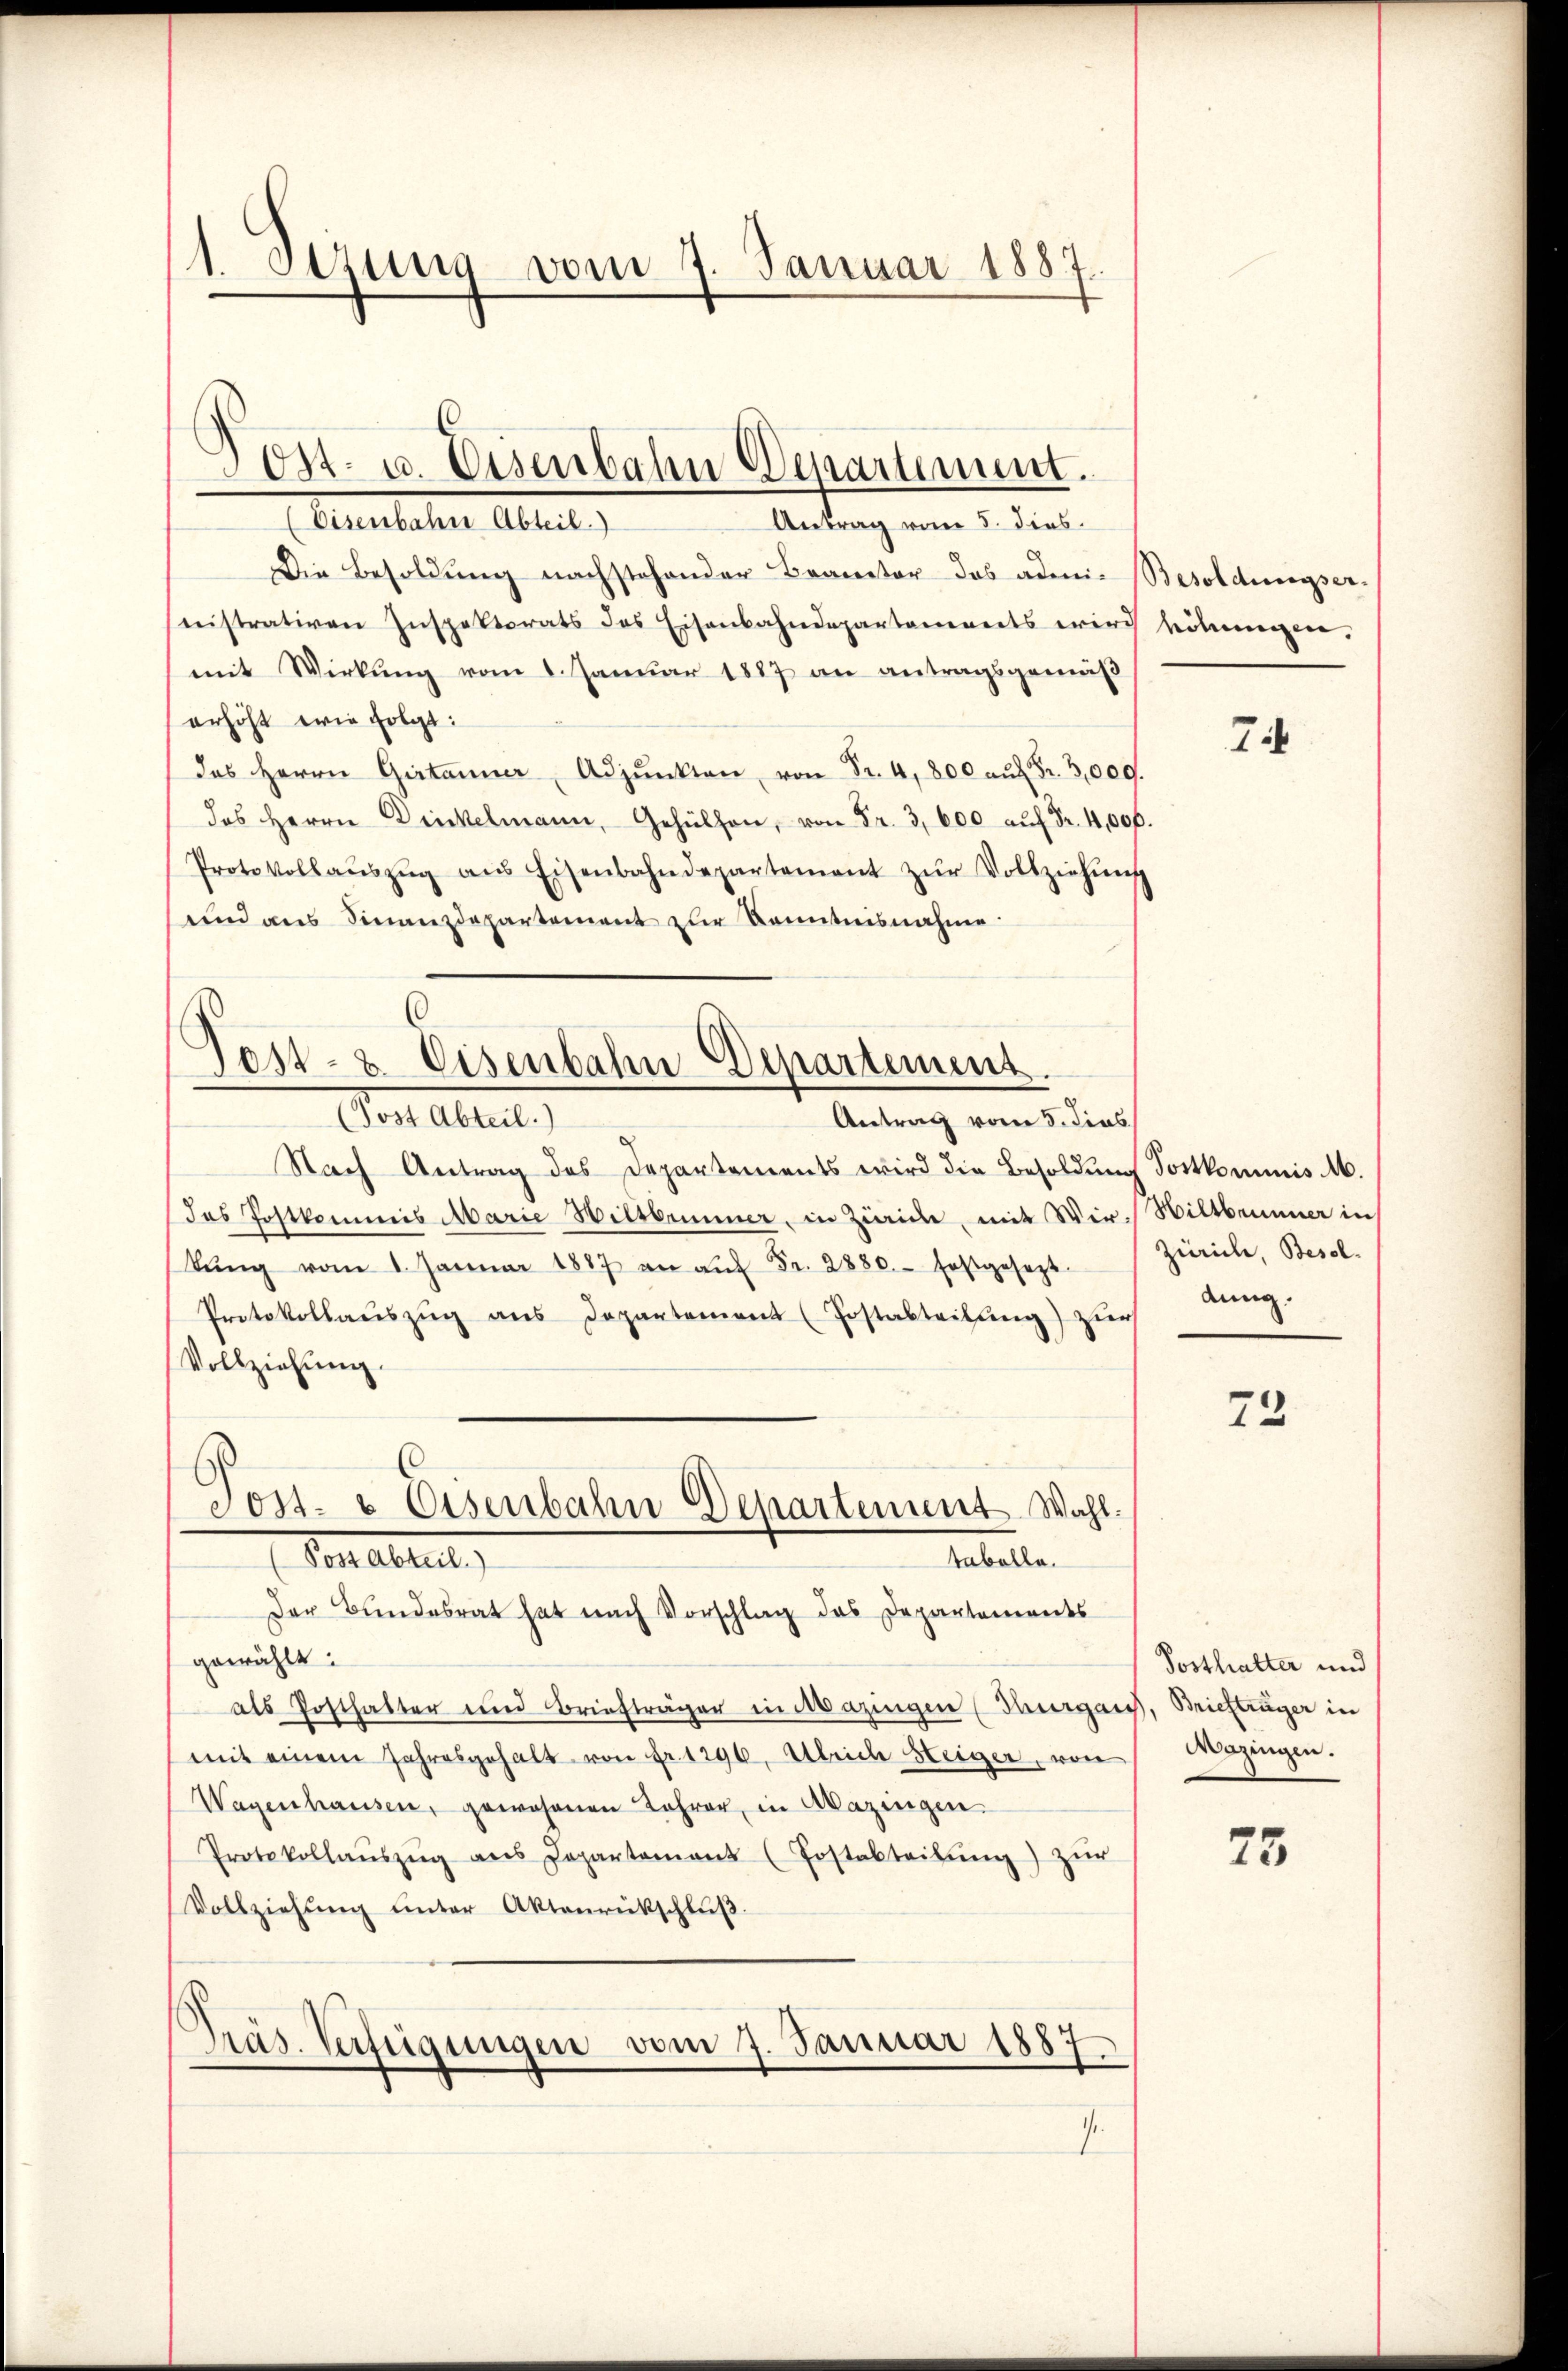
1. Setzung vom 7. Januar 1887.
—

Die Besoldung nachstehender Brauctor das admi- Besoldungsernistrativen Inspektorats des Eisenbahndepartements wird können,
mit Wirkung vom 1. Januar 1887 an antragsgemäß
erhöht wie folgt:
das Herrn Girtanner Adjunkten, von Fr. 4, 800 aŭf Fr. 3,000.
das Herrn Dickelmann, Gehülfen, von Fr. 3,600 aŭf Fr. 4,000.
Protokollaŭszŭg aŭs Eisenbahndepartement zŭr Vollziehŭng
und aus Sinanzdepartement zur Kenntnisnahme

30st- u. Eisenbahn Departement.
Auersteher Abtret
Antrag vom 5. dies

Post- & Eisenbahn Departement.
Sont attet,
Antrag vom 5. dies

Nach Antrag des Departements wird die Besoldung Postkommis M.
das Postkommis Marie Hiltbrunner, in Zürich, mit Wir-Wiltbrunner in
bŭng vom 1. Januar 1887 an aŭf Fr. 2880. festgesezt
ge
Protokollaŭszŭg ans Departement (Postabteilung) zur
Vollziehung.
Der Bundesrat hat nach Vorschlag das Departements
gewählt:
als Posthalter und Briefträger in Mazingen (Thurgau, Briefträger in
mit einem Jahresgehalt von fr. 1296, Ulrich Steiger, von Wazingen.
Wagenhausen, gewesenen Jahrer, in Mazingen
Protokollaŭszŭg ans Departement (Postabteilŭng zŭr
Vollziehŭng ŭnter Aktenrückschlŭβ
Präs. Verfügungen vom 7. Januar 1887.

Toss- & Eisenbahn Departement. Wahl.
I Von altet,
tabolle.

.

74

Zürich, Besoldung.

73

Posthalter und

75